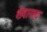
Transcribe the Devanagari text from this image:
शेवाराय